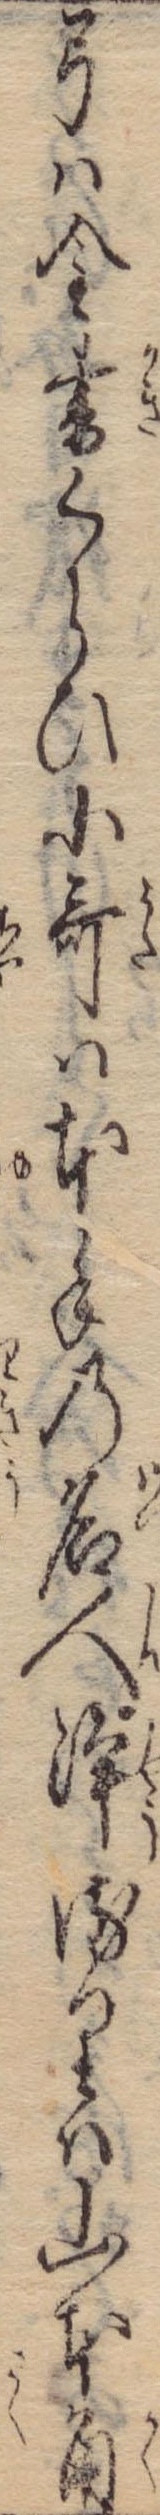
弓は金書くらひ小歌は本手の名人浄るりは山本角